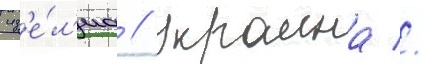
изд'е́л'иа // Украина //